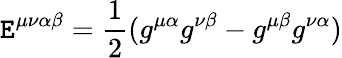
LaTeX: \mathtt{E}^{\mu\nu\alpha\beta}=\frac{{1}}{{2}}(g^{\mu\alpha}g^{\nu\beta}-g^{\mu\beta}g^{\nu\alpha})